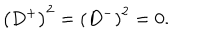
\left( D ^ { + } \right) ^ { 2 } = \left( D ^ { - } \right) ^ { 2 } = 0 .